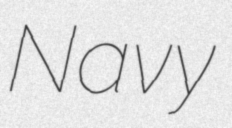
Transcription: Navy